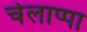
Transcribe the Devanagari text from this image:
चेलाप्पा